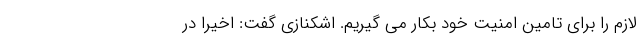
لازم را برای تامین امنیت خود بکار می گیریم. اشکنازی گفت: اخیرا در